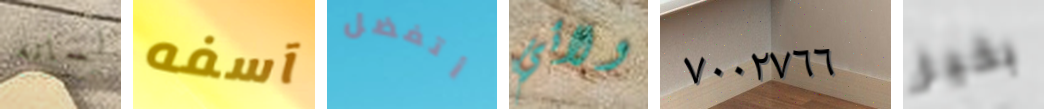
لسانه آسفه أتفضل ولائي ٧٠٠٢٧٦٦ بخير